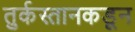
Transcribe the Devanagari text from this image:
तुर्कस्तानकडून